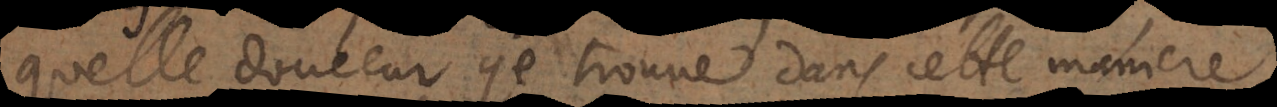
quelle douceur je trouve dans cette maniere